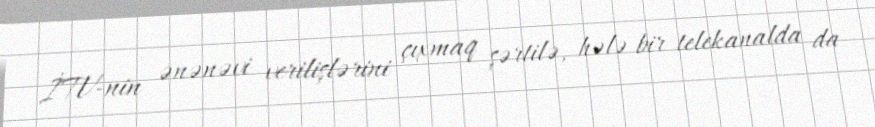
İTV-nin ənənəvi verilişlərini çıxmaq şərtilə, hələ bir telekanalda da